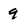
Character: 9